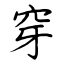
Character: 穿